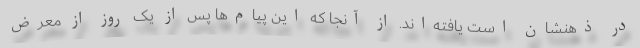
در ذهنشان است یافته‌اند. از آنجا که این پیام‌ها پس از یک روز از معرض